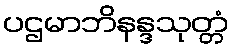
ပဌမာဘိနန္ဒသုတ္တံ